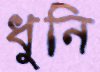
ধুনি